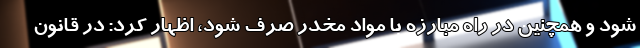
شود و همچنین در راه مبارزه با مواد مخدر صرف شود، اظهار کرد: در قانون